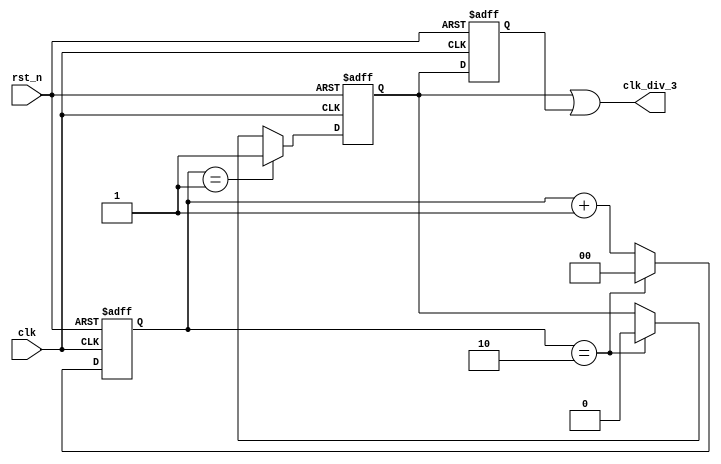

module clk_divider_3 (
		input clk, rst_n,
		output clk_div_3);

reg [1:0] pos_cnt;
reg pos;
reg neg;

always @ (posedge clk or negedge rst_n)
begin
	if (!rst_n) pos_cnt <= 0;
	else if (pos_cnt == 2'b10) pos_cnt <= 0;
	else pos_cnt <= pos_cnt + 1;
end

always @ (posedge clk or negedge rst_n)
begin
	if (!rst_n) pos <= 0;
	else if (pos_cnt == 1) pos <= 1;
	else if (pos_cnt == 2) pos <= 0;
end

always @ (negedge clk or negedge rst_n)
begin
	if (!rst_n) neg <= 0;
	else neg <= pos;
end

assign clk_div_3 = pos | neg;

endmodule